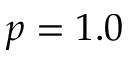
p = 1 . 0